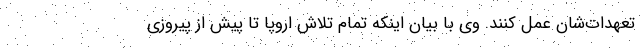
تعهدات‌شان عمل کنند. وی با بیان اینکه تمام تلاش اروپا تا پیش از پیروزی